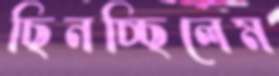
ছিনচ্ছিলেম